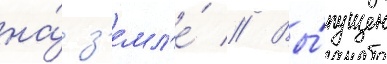
на́ з'емл'е́ // Вы́пущен